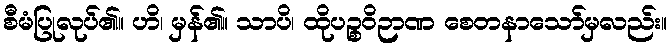
စီမံပြုလုပ်၏။ ဟိ၊ မှန်၏။ သာပိ၊ ထိုပဉ္စဝိဉာဏ စေတနာသော်မှလည်း။